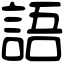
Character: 語